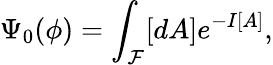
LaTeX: \Psi_{0}(\phi)=\int_{\cal\mathcal{F}}[dA]e^{-I[A]},